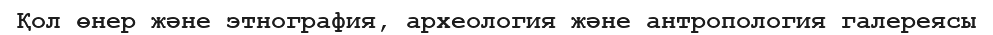
Қол өнер және этнография, археология және антропология галереясы